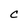
Character: C